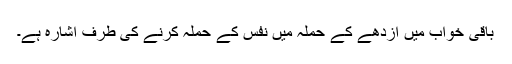
باقی خواب میں ازدھے کے حملہ میں نفس کے حملہ کرنے کی طرف اشارہ ہے۔